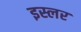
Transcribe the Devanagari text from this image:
इस्लर